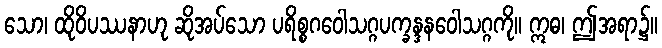
သော၊ ထိုဝိပဿနာဟု ဆိုအပ်သော ပရိစ္စဂဝေါသဂ္ဂပက္ခန္ဒနဝေါသဂ္ဂကို။ ဣဓ၊ ဤအရာ၌။